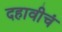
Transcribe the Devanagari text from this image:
दहावीचं